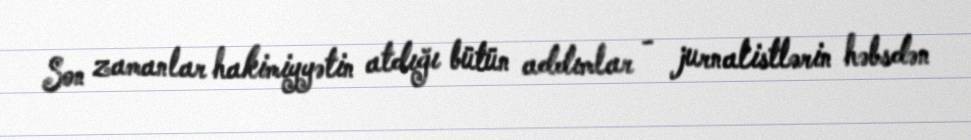
Son zamanlar hakimiyyətin atdığı bütün addımlar - jurnalistlərin həbsdən